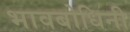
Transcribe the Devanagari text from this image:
भावबोधिनी